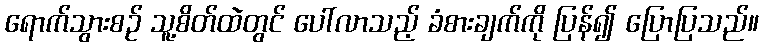
ရောက်သွားစဉ် သူ့စိတ်ထဲတွင် ပေါ်လာသည့် ခံစားချက်ကို ပြန်၍ ပြောပြသည်။